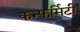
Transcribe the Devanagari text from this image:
कन्फर्मिटी